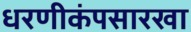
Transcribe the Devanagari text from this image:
धरणीकंपसारखा